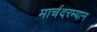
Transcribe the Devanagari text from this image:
मार्चदरम्यान